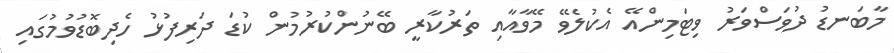
މާބަނޑު ދުވަސްވަރު ވިޓަމިންއޭ އެކުލެވޭ މޭވާއާއި ތަރުކާރީ ބޭނުންކުރުމުން ކުޑަ ދަރިފުޅު ހެދިބޮޑުވުމުގައި